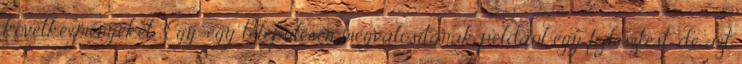
következményeket. "Egy-egy településen megvalósítanak például egy fejlesztést, de azt